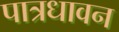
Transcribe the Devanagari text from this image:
पात्रधावन